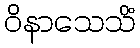
ဝိနာသေသိံ